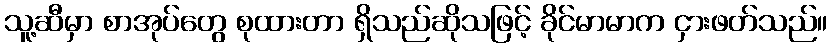
သူ့ဆီမှာ စာအုပ်တွေ စုထားတာ ရှိသည်ဆိုသဖြင့် ခိုင်မာမာက ငှားဖတ်သည်။